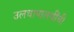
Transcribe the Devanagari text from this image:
उलथापालथींची